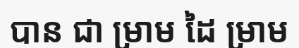
បាន ជា ម្រាម ដៃ ម្រាម